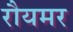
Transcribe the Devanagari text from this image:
रौयमर